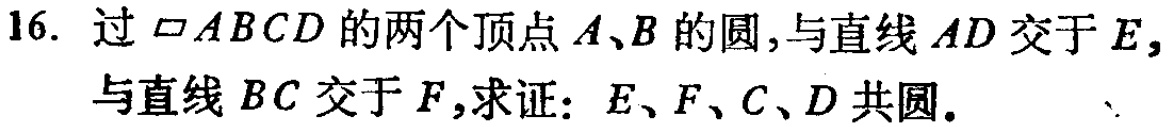
16. 过$\square ABCD$的两个顶点$A、B$的圆，与直线$AD$交于$E,$与直线$BC$交于$F,$求证：$E、F、C、D$共圆。